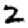
Digit: 2